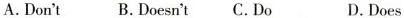
A.Don't B.Doesn't C.Do D.Does